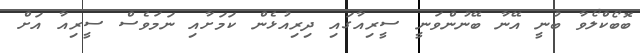
ބޮބޯކްލޯވާ ބުނީ އޭނާ ބޭނުންވަނީ ސީރިއާގައި ދިރިއުޅެން ކަމަށާއި ނަމަވެސް ސީރިއާ އަށް